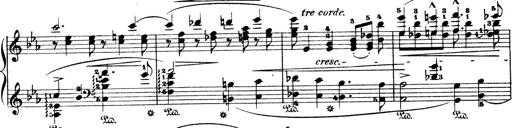
Title: Wagner-Liszt Album
Composer: Franz Liszt